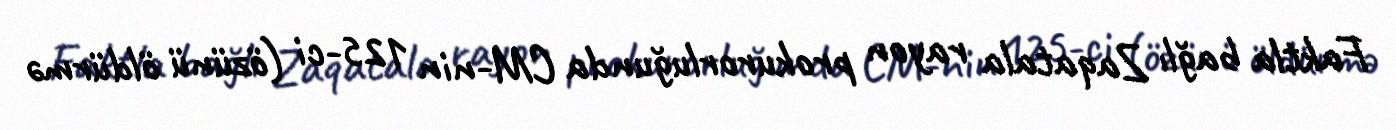
Faktla bağlı Zaqatala rayon prokurorluğunda CM-nin 125-ci (özünü öldürmə